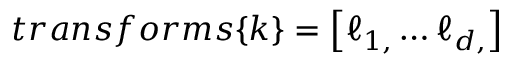
t r a n s f o r m s \{ k \} = \left[ \ell _ { 1 , } \ldots \ell _ { d , } \right]